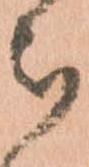
被